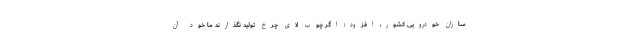
سازان خودرویی کشور، افزود: اگر چوب لای چرخ تولید نگذارند ما خود آن